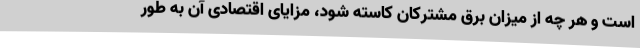
است و هر چه از میزان برق مشترکان کاسته شود، مزایای اقتصادی آن به طور